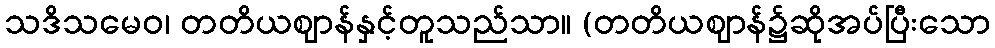
သဒိသမေဝ၊ တတိယဈာန်နှင့်တူသည်သာ။ (တတိယဈာန်၌ဆိုအပ်ပြီးသော